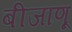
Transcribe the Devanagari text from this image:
बीजाणू